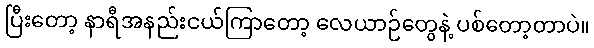
ပြီးတော့ နာရီအနည်းငယ်ကြာတော့ လေယာဉ်တွေနဲ့ ပစ်တော့တာပဲ။